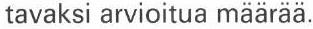
tavaksi arvioitua määrää.